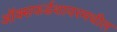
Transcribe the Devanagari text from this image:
ऑक्सफर्डशायरमधील